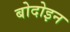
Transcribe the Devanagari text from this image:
बोदोइन